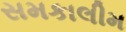
સમકાલીમ